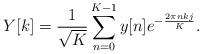
\begin{align*}Y[k]=\frac{1}{\sqrt{K}} \sum_{n=0}^{K-1} y[n] e^{-\frac{2\pi nkj}{K}}. \end{align*}